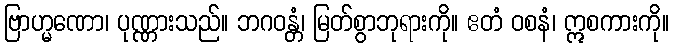
ဗြာဟ္မဏော၊ ပုဏ္ဏားသည်။ ဘဂဝန္တံ၊ မြတ်စွာဘုရားကို။ ဧတံ ဝစနံ၊ ဣစကားကို။